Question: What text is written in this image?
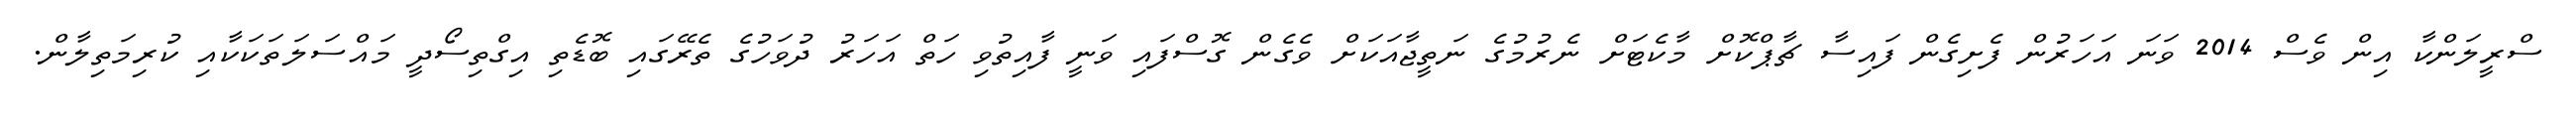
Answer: ސްރީލަންކާ އިން ވެސް 2014 ވަނަ އަހަރުން ފެށިގެން ފައިސާ ޗާޕްކޮށް މާކެޓަށް ނެރުމުގެ ނަތީޖާއަކަށް ވެގެން ގޮސްފައި ވަނީ ފާއިތުވި ހަތް އަހަރު ދުވަހުގެ ތެރޭގައި ބޮޑެތި އިގްތިސޯދީ މައްސަލަތަކަކާއި ކުރިމަތިލާން.